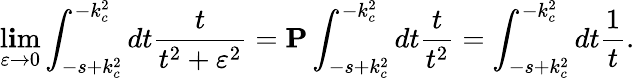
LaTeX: \operatorname*{l\mathbf{i}m}_{\varepsilon\to0}\int_{-s+k_{c}^{2}}^{-k_{c}^{2}}dt\frac{{t}}{{t^{2}+\varepsilon^{2}}}={\mathbf{P}}\int_{-s+k_{c}^{2}}^{-k_{c}^{2}}dt\frac{{t}}{{t^{2}}}=\int_{-s+k_{c}^{2}}^{-k_{c}^{2}}dt\frac{{1}}{{t}}.